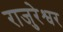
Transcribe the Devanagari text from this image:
राजुरेश्वर